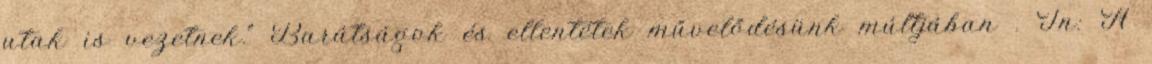
utak is vezetnek.” Barátságok és ellentétek művelődésünk múltjában . In: A